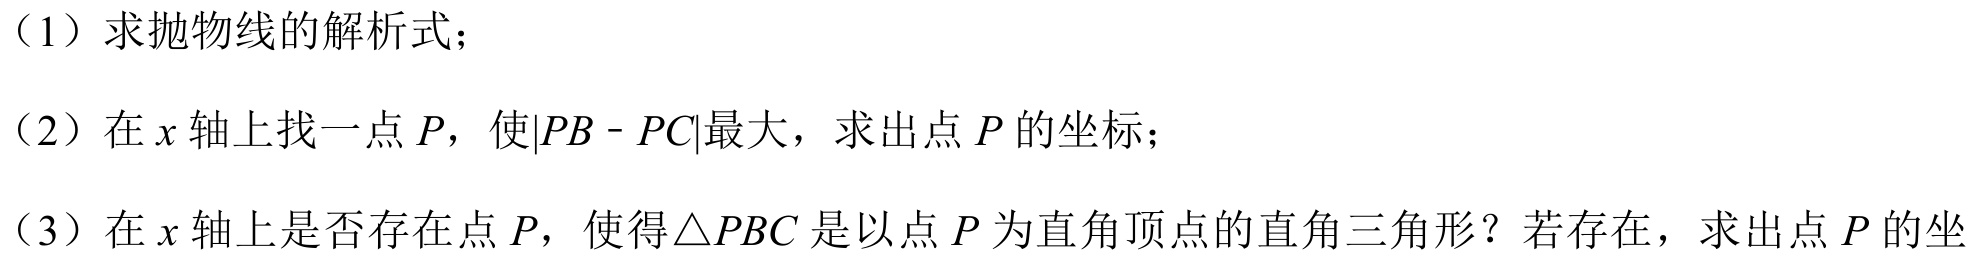
（1）求抛物线的解析式；
（2）在\(x\)轴上找一点\(P\)，使\(\vert PB - PC\vert\)最大，求出点\(P\)的坐标；
（3）在\(x\)轴上是否存在点\(P\)，使得\(\triangle PBC\)是以点\(P\)为直角顶点的直角三角形？若存在，求出点\(P\)的坐